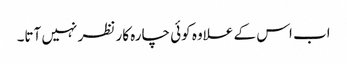
اب اس کے علاوہ کوئی چارہ کار نظر نہیں آتا۔